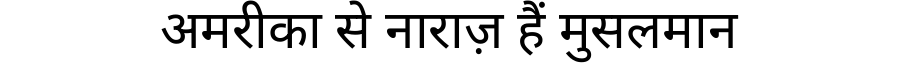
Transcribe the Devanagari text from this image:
अमरीका से नाराज़ हैं मुसलमान